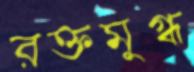
রক্তমুগ্ধ